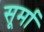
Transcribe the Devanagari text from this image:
सूर्मा